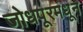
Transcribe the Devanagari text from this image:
जोधपूरमधून